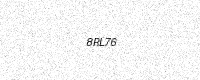
Text: 8RL76